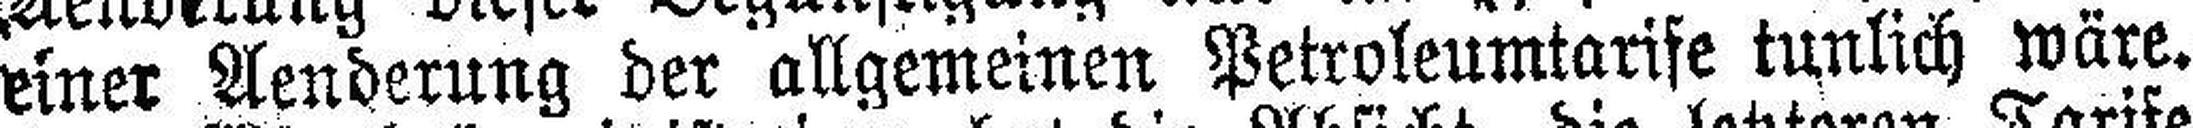
einer Aenderung der allgemeinen Petroleumtarife tunlich wäre.